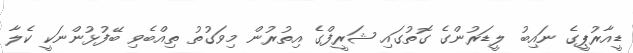
ޑީއާރުޕީގެ ނައިބު ލީޑަރުންގެ ގޮތުގައި ޝަރީފްގެ އިތުރުން މިވަގުތު ތިއްބެވި ބޭފުޅުންނަކީ ކެލާ